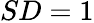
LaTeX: SD=1